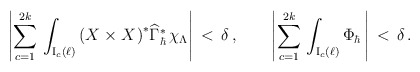
\begin{align*}\left|\sum_{c=1}^{2k}\,\int_{\textrm{I}_c(\ell)} \left(X^{} \times X^{}\right)^*\!\widehat\Gamma_{\hbar}^*\,\chi_\Lambda \right| \,<\,\delta\,,\qquad\left|\sum_{c=1}^{2k}\,\int_{\textrm{I}_c(\ell)}\Phi_\hbar\,\right|\,<\, \delta\,.\end{align*}